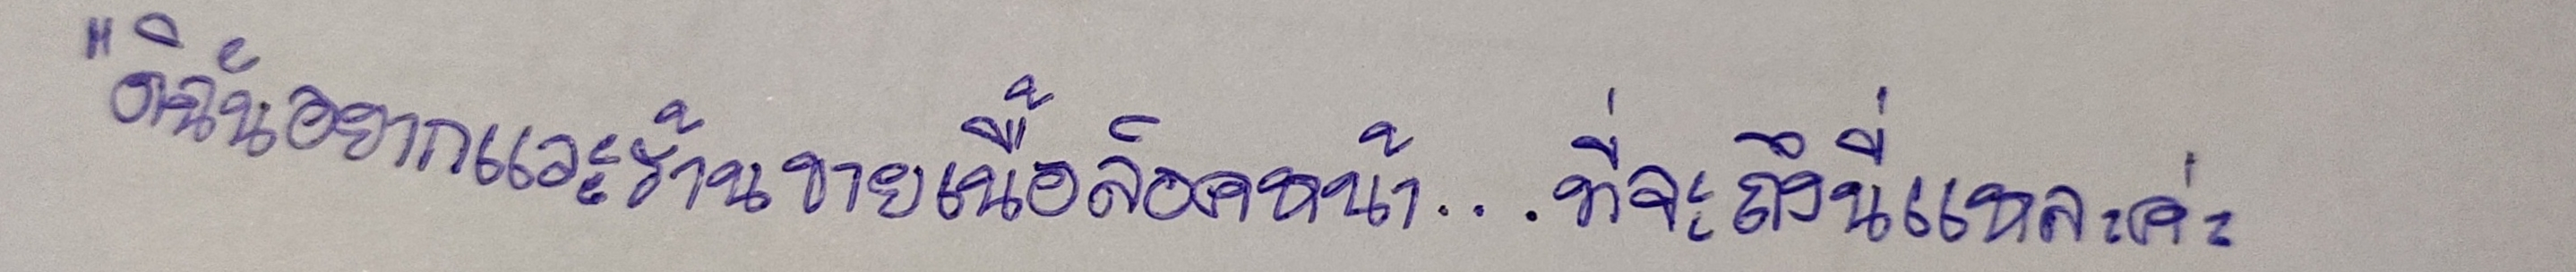
"ดิฉันอยากแวะร้านขายเนื้อล็อคหน้า...ที่จะถึงนี่แหละค่ะ